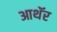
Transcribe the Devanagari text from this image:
आथॅर